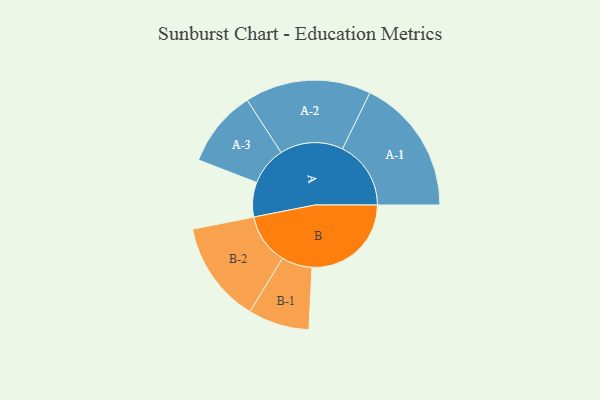
{"axis": {"x": "Segment", "y": "Value"}, "legend": ["", "A", "B"], "data": [{"x": "A", "y": 149, "type": ""}, {"x": "B", "y": 428, "type": ""}, {"x": "A-1", "y": 295, "type": "A"}, {"x": "A-2", "y": 272, "type": "A"}, {"x": "A-3", "y": 166, "type": "A"}, {"x": "B-1", "y": 132, "type": "B"}, {"x": "B-2", "y": 219, "type": "B"}]}